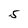
Character: 5